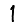
Digit: 1